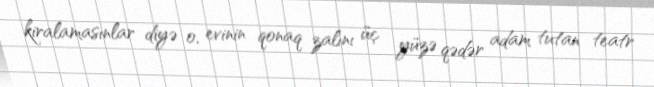
kiralamasınlar diyə o, evinin qonaq zalını üç yüzə qədər adam tutan teatr